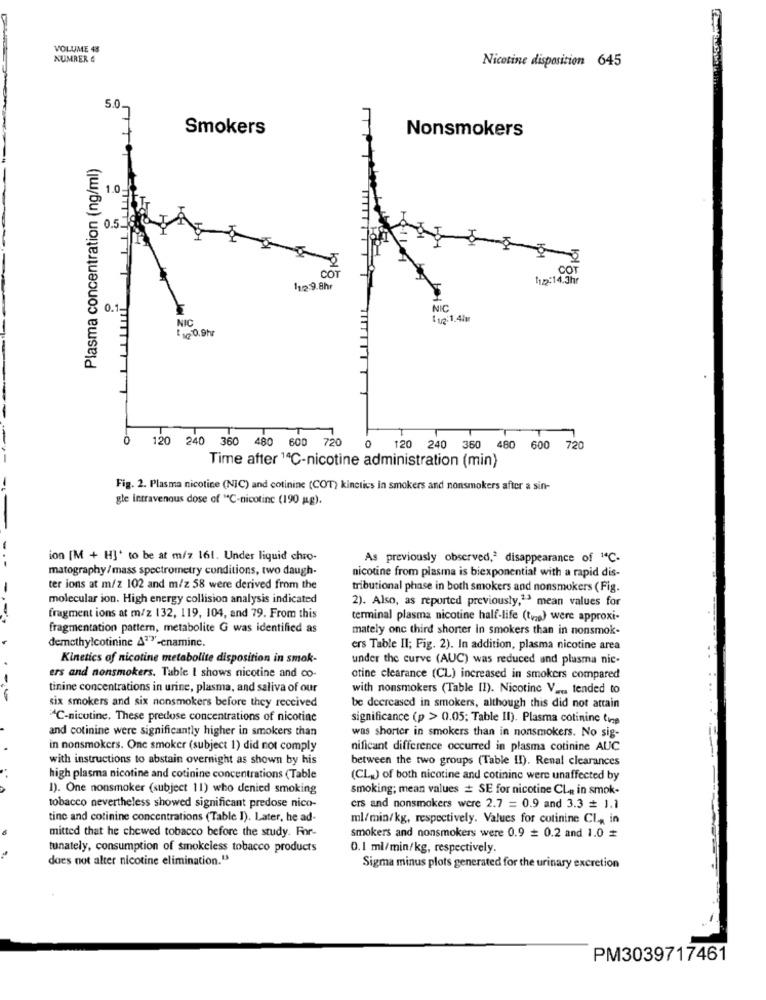
VOLUME 43
NUMRER &
Nicotine disposition 645
5.0
Smokers
Nonsmokers
Plasma concentration (ng/ml)
0.5.
-3
COT
CO
1122:14.3hr
112.9.8hr
0.1.
NIC
NIC
112:1.41
10.9hr
0
120 240 360 480 600 720
0 120 240 360 480 600 720
Time after 14℃-nicotine administration (min)
Fig. 2. Plasma nicotine (NIC) and cotinine (COT) kinetics in smokers and nonsmokers after a sin-
gle intravenous dose of "C-nicotinc (190 mg).
ion [M + H]' to be at m/z 161. Under liquid chro-
As previously observed,2 disappearance of "C-
matography/mass spectrometry conditions, two daugh-
nicotine from plasma is biexponential with a rapid dis-
-
ter ions at m/z 102 and m/z 58 were derived from the
tributional phase in both smokers and nonsmokers (Fig.
molecular ion. High energy collision analysis indicated
2). Also, as reported previously,13 mean values for
-
fragment ions at m/z 132, 119, 104, and 79. From this
terminal plasma nicotine half-life (ting) were approxi-
fragmentation pattern, metabolite G was identified as
mately onc third shorter in smokers than in nonsmok-
demethylcotinine 4"-enaminc.
ers Table Il; Fig. 2). In addition, plasma nicotine area
Kinetics of nicotine metabolite disposition in smok-
under the curve (AUC) was reduced and plasma nic-
-
ers and nonsmokers. Table I shows nicotine and co-
otine clearance (CL) increased in smokers compared
tinine concentrations in urine, plasma, and saliva of our
with nonsmokers (Table II). Nicotine Va .. tended to
six smokers and six nonsmokers before they received
be decreased in smokers, although this did not attain
C-nicotine. These predose concentrations of nicotine
significance (p > 0.05; Table II). Plasma cotinine (np
and cotinine were significantly higher in smokers than
was shorter in smokers than in nonsmokers. No sig-
in nonsmokers. One smoker (subject 1) did not comply
nificant difference occurred in plasma cotinine AUC
with instructions to abstain overnight as shown by his
between the two groups (Table !! ). Renal clearances
high plasma nicotine and cotinine concentrations (Table
(CL.) of both nicotine and cotininc were unaffected by
1). One nonsmoker (subject 11) who denied smoking
smoking; mean values = SE for nicotine CLR in smok-
tobacco nevertheless showed significant predose nico-
crs and nonsmokers were 2.7 = 0.9 and 3.3 = 1.1
tine and cotinine concentrations (Table I). Later, he ad-
ml/min/kg, respectively. Values for cotinine Cl, in
mitted that he chewed tobacco before the study. For-
smokers and nonsmokers were 0.9 = 0.2 and 1.0
tunately, consumption of smokeless tobacco products
0. 1 ml/min/kg, respectively.
does not alter nicotine elimination."
Sigma minus plots generated for the urinary excretion
PM3039717461